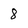
Character: 8